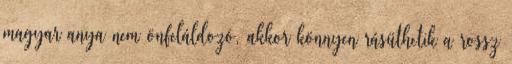
magyar anya nem önfeláldozó, akkor könnyen rásüthetik a rossz